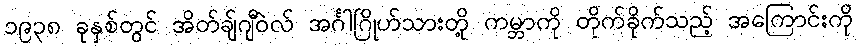
၁၉၃၈ ခုနှစ်တွင် အိတ်ချ်ဂျီဝဲလ် အင်္ဂါဂြိုဟ်သားတို့ ကမ္ဘာကို တိုက်ခိုက်သည့် အကြောင်းကို